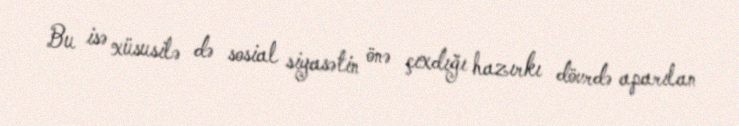
Bu isə xüsusilə də sosial siyasətin önə çıxdığı hazırkı dövrdə aparılan